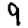
Digit: 9